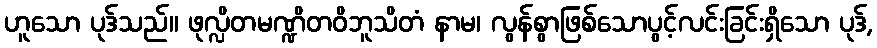
ဟူသော ပုဒ်သည်။ ဖုလ္လိတမဏ္ဍိတဝိဘူသိတံ နာမ၊ လွန်စွာဖြစ်သောပွင့်လင်းခြင်းရှိသော ပုဒ်,